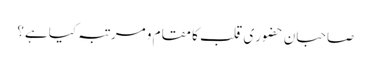
صاحبانِ حضورِیِ قلب کا مقام و مرتبہ کیا ہے؟